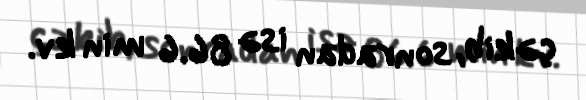
çəkib, sonradan isə 86.6 min kv.